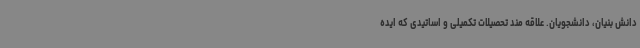
دانش بنیان، دانشجویان. علاقه مند تحصیلات تکمیلی و اساتیدی که ایده